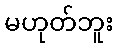
မဟုတ်ဘူး